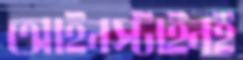
আইনস্টাইনই